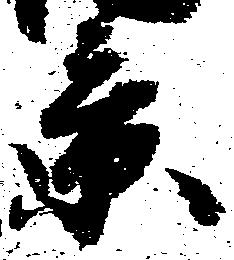
景